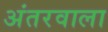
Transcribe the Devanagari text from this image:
अंतरवाला